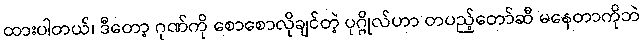
ထားပါတယ်၊ ဒီတော့ ဂုဏ်ကို စောစောလိုချင်တဲ့ ပုဂ္ဂိုလ်ဟာ တပည့်တော်ဆီ မနေတာကိုဘဲ